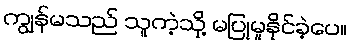
ကျွန်မသည် သူကဲ့သို့ မပြုမူနိုင်ခဲ့ပေ။